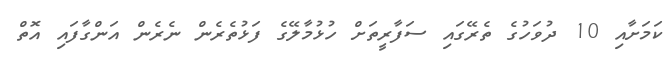
ކަމަށާއި 10 ދުވަހުގެ ތެރޭގައި ސަފާރީތަށް ހުޅުމާލޭގެ ފަޅުތެރެން ނެރެން އަންގާފައި އޮތް